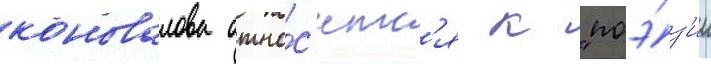
коновалова отно́с'итс'я к "поэ́з'ии